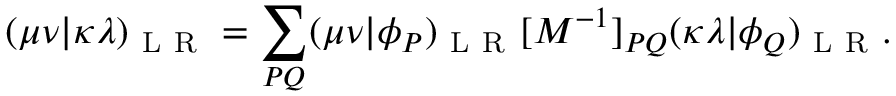
( \mu \nu | \kappa \lambda ) _ { \mathrm { ~ L ~ R ~ } } = \sum _ { P Q } ( \mu \nu | \phi _ { P } ) _ { \mathrm { ~ L ~ R ~ } } [ M ^ { - 1 } ] _ { P Q } ( \kappa \lambda | \phi _ { Q } ) _ { \mathrm { ~ L ~ R ~ } } .